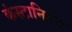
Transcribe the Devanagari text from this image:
कंस्टानिनेस